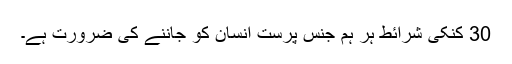
30 کنکی شرائط ہر ہم جنس پرست انسان کو جاننے کی ضرورت ہے۔